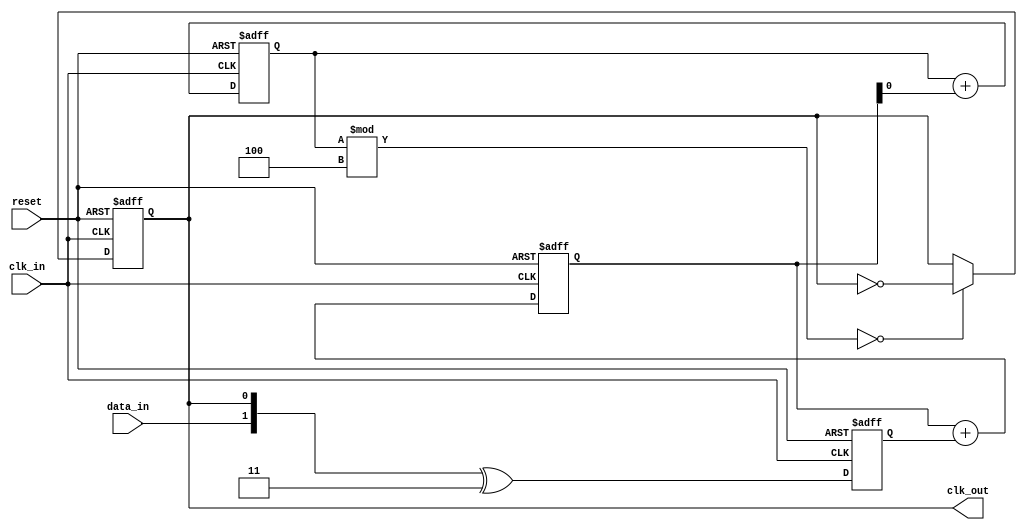
module clock_recovery_pll (
    input wire clk_in,           // Incoming data clock
    input wire data_in,          // Incoming data signal
    input wire reset,            // Reset signal
    output reg clk_out           // Output clock
);

// Parameters
parameter N = 8;                // Number of samples in memory
parameter LOOP_FILTER_WIDTH = 4; // Width of loop filter output
parameter VCO_FREQ_MAX = 4;    // Max frequency multiplier for VCO

// Internal signals
reg [N-1:0] memory;             // Memory block to store samples
reg [LOOP_FILTER_WIDTH-1:0] loop_filter; // Loop filter output
reg [1:0] phase_error;          // Phase error signal
reg [$clog2(VCO_FREQ_MAX)-1:0] vco_freq; // VCO frequency control

// Phase Detector
always @(posedge clk_in or posedge reset) begin
    if (reset) begin
        phase_error <= 2'b00;
    end else begin
        phase_error <= {data_in, clk_out} ^ 2'b11; // Simple XOR for phase detection
    end
end

// Loop Filter
always @(posedge clk_in or posedge reset) begin
    if (reset) begin
        loop_filter <= 0;
    end else begin
        loop_filter <= loop_filter + phase_error; // Simple accumulator filter
    end
end

// Voltage-Controlled Oscillator (VCO)
always @(posedge clk_in or posedge reset) begin
    if (reset) begin
        vco_freq <= 0;
        clk_out <= 0;
    end else begin
        // Adjust VCO frequency based on loop filter output
        vco_freq <= vco_freq + loop_filter[0]; // Adjust frequency based on low bit
        clk_out <= (vco_freq % VCO_FREQ_MAX) == 0 ? ~clk_out : clk_out; // Generate output clock
    end
end

// Memory Blocks (FIFO)
always @(posedge clk_in or posedge reset) begin
    if (reset) begin
        memory <= 0;
    end else begin
        memory <= {memory[N-2:0], data_in}; // Shift new data into memory
    end
end

endmodule